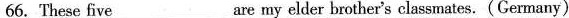
66. These five ___are my elder brother's classmates.(Germany)